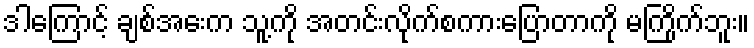
ဒါကြောင့် ချစ်အေးက သူ့ကို အတင်းလိုက်စကားပြောတာကို မကြိုက်ဘူး။